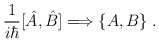
\begin{align*}\frac{1}{i\hbar} [ \hat{A}, \hat{B} ] \Longrightarrow \{A,B\}\;.\end{align*}